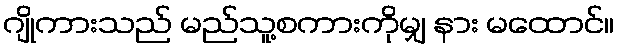
ဂျိုကားသည် မည်သူ့စကားကိုမျှ နား မထောင်။